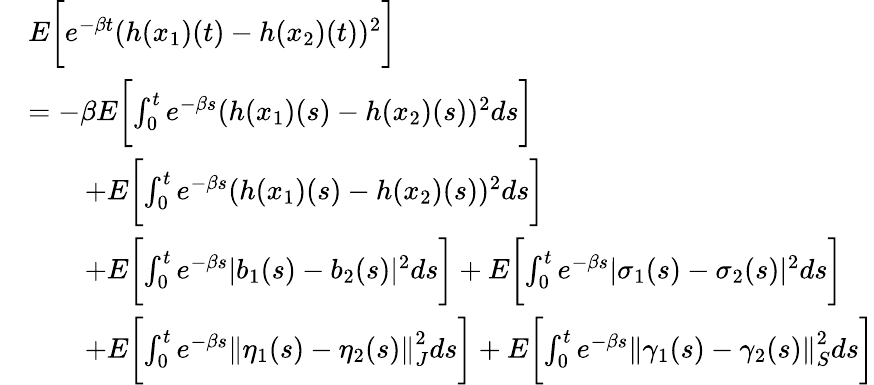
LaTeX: \begin{array}{rl}&{E\biggl[e^{-\beta t}(h(x_{1})(t)-h(x_{2})(t))^{2}\biggr]}\\ &{=-\beta E\biggl[\int_{0}^{t}e^{-\beta s}(h(x_{1})(s)-h(x_{2})(s))^{2}ds\biggr]}\\ &{\qquad+E\biggl[\int_{0}^{t}e^{-\beta s}(h(x_{1})(s)-h(x_{2})(s))^{2}ds\biggr]}\\ &{\qquad+E\biggl[\int_{0}^{t}e^{-\beta s}|b_{1}(s)-b_{2}(s)|^{2}ds\biggr]+E\biggl[\int_{0}^{t}e^{-\beta s}|\sigma_{1}(s)-\sigma_{2}(s)|^{2}ds\biggr]}\\ &{\qquad+E\biggl[\int_{0}^{t}e^{-\beta s}\left\| \eta_{1}(s)-\eta_{2}(s)\right\| _{J}^{2}ds\biggr]+E\biggl[\int_{0}^{t}e^{-\beta s}\left\| \gamma_{1}(s)-\gamma_{2}(s)\right\| _{S}^{2}ds\biggr]}\end{array}